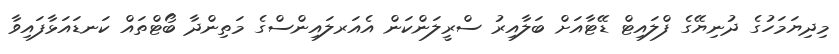
މިދިޔަމަހުގެ ދުނިޔޭގެ ފްލައިޓް ޑޭޓާއަށް ބަލާއިރު ސްރީލަންކަން އެއަރލައިންސްގެ މަތިންދާ ބޯޓްތައް ކަނޑައަޅާފައިވާ